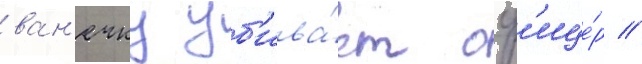
ван'ечку уб'ива́ет оф'ице́р //